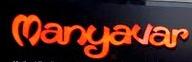
manyavar